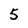
Character: 5